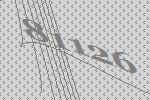
81126